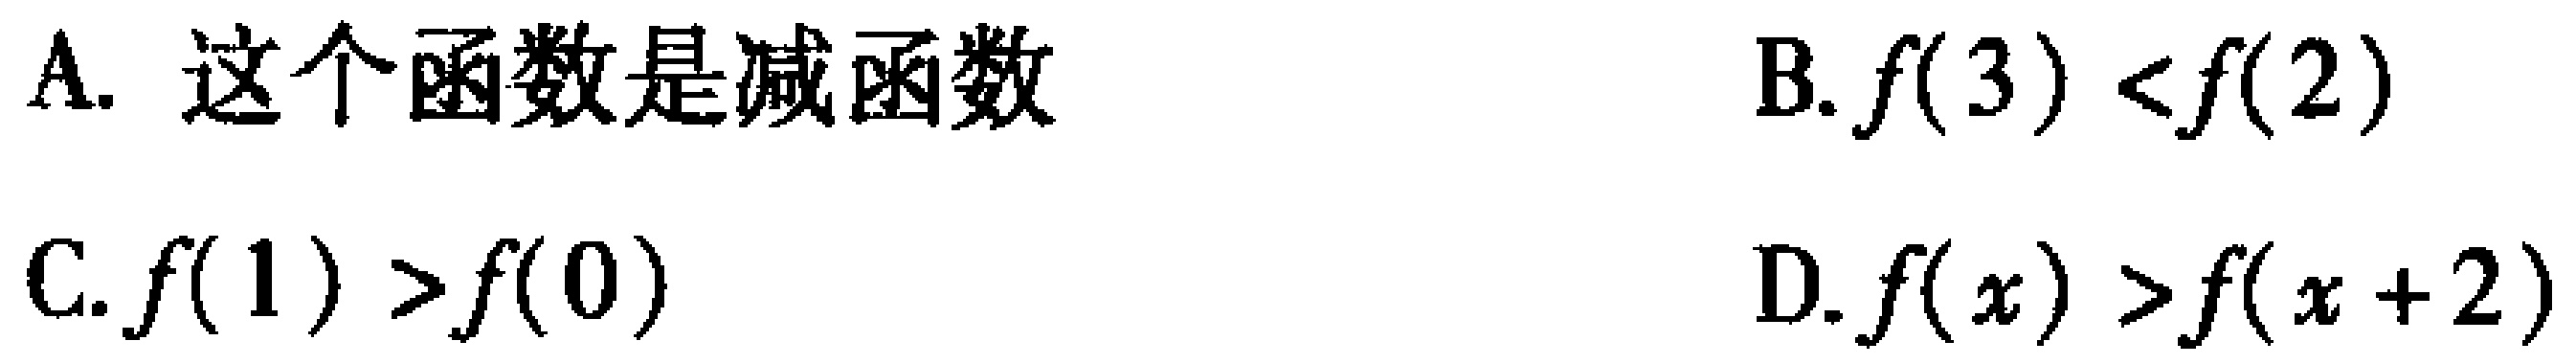
A. 这个函数是减函数

B. \(f(3) < f(2)\)

C. \(f(1) > f(0)\)

D. \(f(x) > f(x + 2)\)